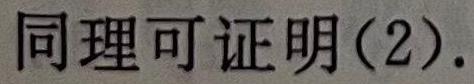
同理可证明(2).